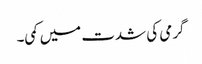
گرمی کی شدت میں کمی۔